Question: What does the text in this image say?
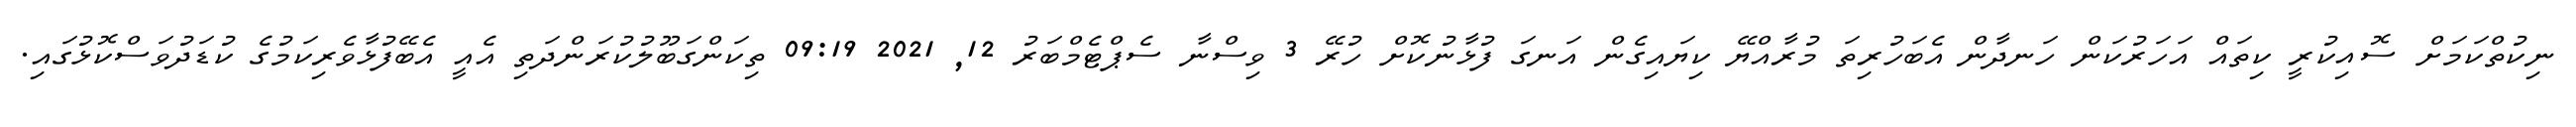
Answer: ނިކުތްކަމަށް ސޮއިކުރީ ކިތައް އަހަރުކަން ހަނދާން އެބަހުރިތަ މުރާއްޔޭ ކިޔައިގެން އަނގަ ފުޅާނުކޮށް ހުރޭ 3 ވިސްނާ ސެޕްޓެމްބަރު 12, 2021 09:19 ތިކަންގަބޫލުކުރަންދަތި އެއީ އެބޭފުޅާވެރިކަމުގެ ކުޑަދުވަސްކޮޅުގައި.